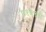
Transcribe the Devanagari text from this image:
१९६९ची